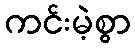
ကင်းမဲ့စွာ